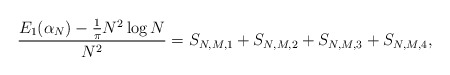
\begin{align*}\frac{E_{1}(\alpha_{N})-\frac{1}{\pi}N^2 \log N}{N^2}=S_{N,M,1}+S_{N,M,2}+S_{N,M,3}+S_{N,M,4},\end{align*}